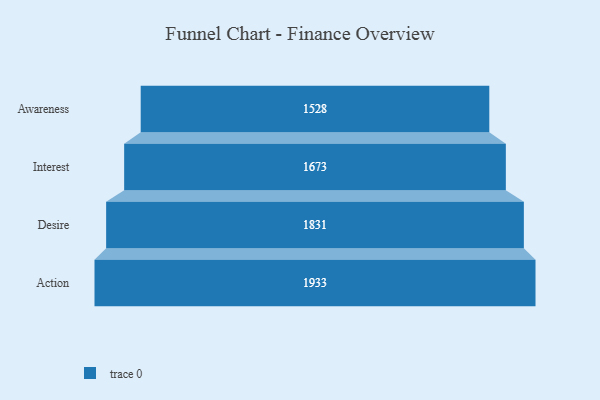
{"axis": {"x": "Stage", "y": "Value"}, "legend": [""], "data": [{"x": "Awareness", "y": 1528.0, "type": ""}, {"x": "Interest", "y": 1673.0, "type": ""}, {"x": "Desire", "y": 1831.0, "type": ""}, {"x": "Action", "y": 1933.0, "type": ""}]}